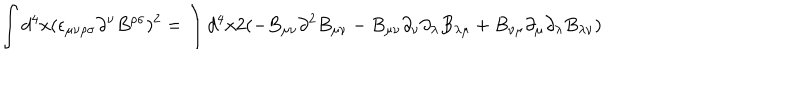
LaTeX: \int d ^ { 4 } x ( \epsilon _ { \mu \nu \rho \sigma } \partial ^ { \nu } B ^ { \rho \sigma } ) ^ { 2 } = \int d ^ { 4 } x 2 ( - B _ { \mu \nu } \partial ^ { 2 } B _ { \mu \nu } - B _ { \mu \nu } \partial _ { \nu } \partial _ { \lambda } B _ { \lambda \mu } + B _ { \nu \mu } \partial _ { \mu } \partial _ { \lambda } B _ { \lambda \nu } )